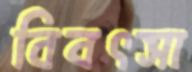
বিবৎসা